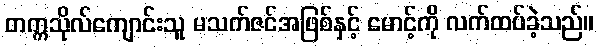
တက္ကသိုလ်ကျောင်းသူ မသက်ဇင်အဖြစ်နှင့် မောင့်ကို လက်ထပ်ခဲ့သည်။